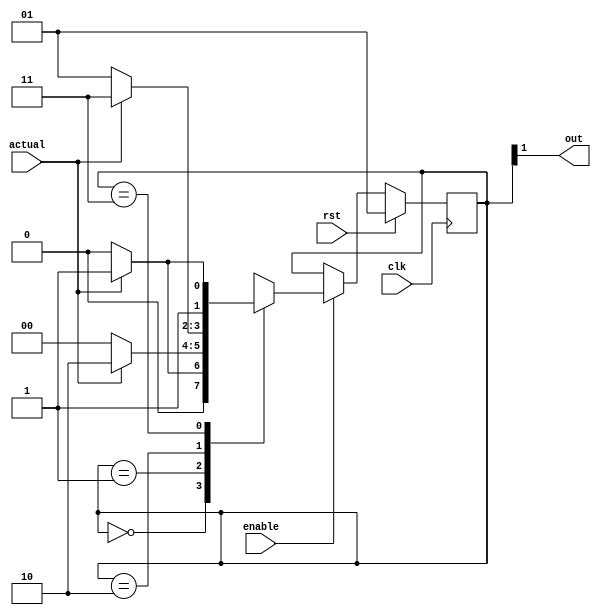
module bp_counter(out, clk, actual, enable, rst);
	input clk, actual, enable, rst;
	output out;

	//PREDICTOR STATE
   reg [1:0] r_SM;
	//State Parameters
	parameter s_STRONG_NTAKEN = 2'b00;
	parameter s_WEAK_NTAKEN = 2'b01;
	parameter s_WEAK_TAKEN = 2'b10;
	parameter s_STRONG_TAKEN = 2'b11;


	always @(negedge clk)
	begin
		if (enable) begin
			case (r_SM)
				s_STRONG_NTAKEN:
				begin
					r_SM <= (actual == 1) ? s_WEAK_NTAKEN : s_STRONG_NTAKEN;
				end
				s_WEAK_NTAKEN:
				begin
					r_SM <= (actual == 1) ? s_WEAK_TAKEN : s_STRONG_NTAKEN;
				end
				s_WEAK_TAKEN:
				begin
					r_SM <= (actual == 1) ? s_STRONG_TAKEN : s_WEAK_NTAKEN;
				end
				s_STRONG_TAKEN:
				begin
					r_SM <= (actual == 1) ? s_STRONG_TAKEN : s_WEAK_TAKEN;
				end
			endcase
		end

       if (rst)
		begin
			r_SM <= s_WEAK_NTAKEN;
		end
	end

	//PREDICTIONS
	assign out = r_SM[1];
endmodule